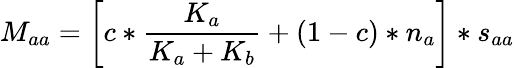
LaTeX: M_{aa}=\left[c*\frac{K_{a}}{K_{a}+K_{b}}+(1-c)*n_{a}\right]*s_{aa}